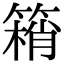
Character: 䈾